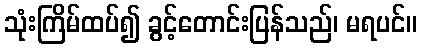
သုံးကြိမ်ထပ်၍ ခွင့်တောင်းပြန်သည်၊ မရပင်။